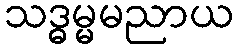
သဒ္ဓမ္မမညာယ